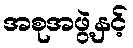
အစုအဖွဲ့နှင့်